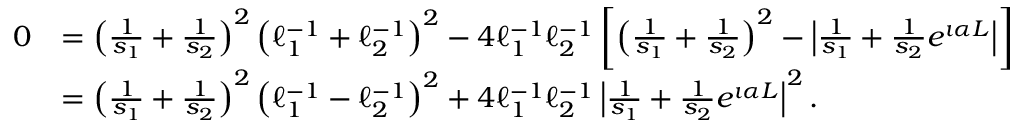
\begin{array} { r l } { 0 } & { = \left( \frac { 1 } { s _ { 1 } } + \frac { 1 } { s _ { 2 } } \right) ^ { 2 } \left( \ell _ { 1 } ^ { - 1 } + \ell _ { 2 } ^ { - 1 } \right) ^ { 2 } - 4 \ell _ { 1 } ^ { - 1 } \ell _ { 2 } ^ { - 1 } \left[ \left( \frac { 1 } { s _ { 1 } } + \frac { 1 } { s _ { 2 } } \right) ^ { 2 } - \left| \frac { 1 } { s _ { 1 } } + \frac { 1 } { s _ { 2 } } e ^ { \i \alpha L } \right| \right] } \\ & { = \left( \frac { 1 } { s _ { 1 } } + \frac { 1 } { s _ { 2 } } \right) ^ { 2 } \left( \ell _ { 1 } ^ { - 1 } - \ell _ { 2 } ^ { - 1 } \right) ^ { 2 } + 4 \ell _ { 1 } ^ { - 1 } \ell _ { 2 } ^ { - 1 } \left| \frac { 1 } { s _ { 1 } } + \frac { 1 } { s _ { 2 } } e ^ { \i \alpha L } \right| ^ { 2 } . } \end{array}